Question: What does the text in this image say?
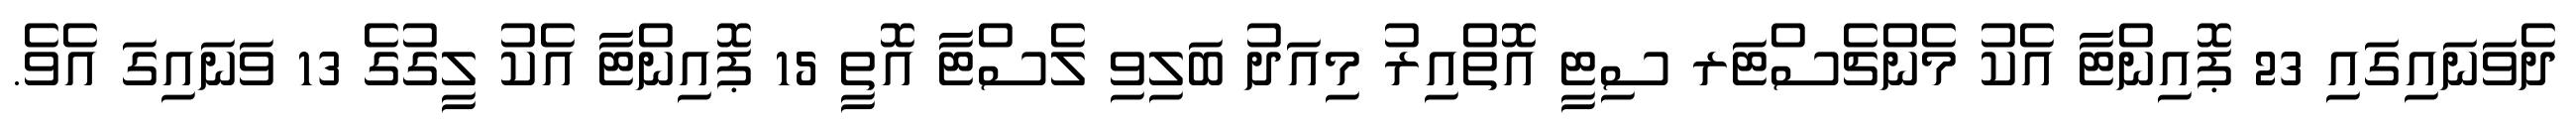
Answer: ދެވަނައިގައި 23 ޕޮއިންޓާ އެކު މެންޗެސްޓަރ ސިޓީ އޮތްއިރު މިއަދު ބަލިވި ލެސްޓާ އޮތީ 15 ޕޮއިންޓާ އެކު ލީގުގެ 13 ވަނައިގަ އެވެ.